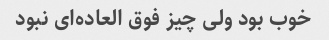
خوب بود ولی چیز فوق العاده‌ای نبود